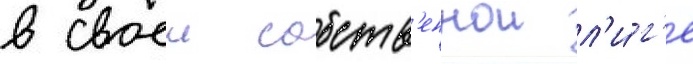
в своеи собств'еннои л'и́г'е